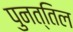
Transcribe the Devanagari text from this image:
पुनत्तिल